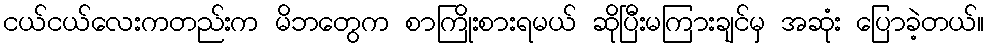
ငယ်ငယ်လေးကတည်းက မိဘတွေက စာကြိုးစားရမယ် ဆိုပြီးမကြားချင်မှ အဆုံး ပြောခဲ့တယ်။